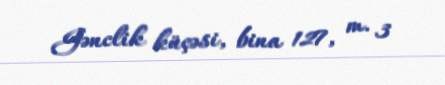
Gənclik küçəsi, bina 127, m. 3